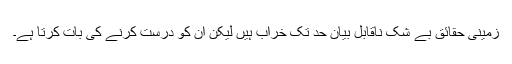
زمینی حقائق بے شک ناقابل بیان حد تک خراب ہیں لیکن ان کو درست کرنے کی بات کرتا ہے۔